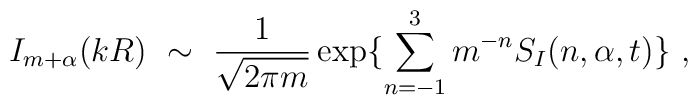
I_{m+\alpha}(kR) \ \sim\ \frac{1}{\sqrt{2\pi m}}\exp \{\sum_{n=-1}^3 m^{-n} S_I(n,\alpha, t)\}\ ,